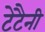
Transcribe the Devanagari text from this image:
टेटैनी